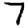
Digit: 7